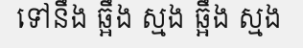
ទៅនឹង ឆ្អឹង ស្មង ឆ្អឹង ស្មង